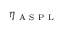
\eta _ { \mathrm { ~ A ~ S ~ P ~ L ~ } }